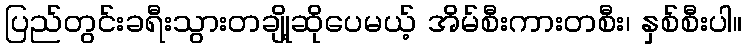
ပြည်တွင်းခရီးသွားတချို့ဆိုပေမယ့် အိမ်စီးကားတစီး၊ နှစ်စီးပါ။